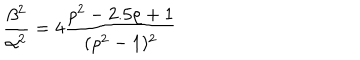
\frac { \beta ^ { 2 } } { \alpha ^ { 2 } } = 4 \frac { \rho ^ { 2 } - 2 . 5 \rho + 1 } { ( \rho ^ { 2 } - 1 ) ^ { 2 } }